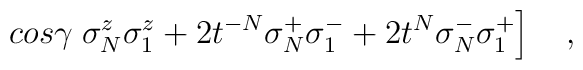
\left.  cos \gamma \; \sigma_N^z\sigma_1^z + 2t^{-N}\sigma_N^+\sigma_1^- + 2t^N\sigma_N^- \sigma_1^+\right]\quad ,